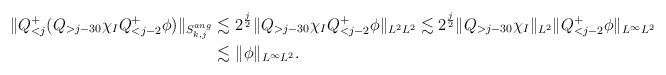
LaTeX: \begin{align*} \| Q^+_{<j} ( Q_{> j-30} \chi_{I} Q^+_{< j-2} \phi) \|_{S_{k, j}^{ang}} \lesssim & \ 2^{\frac{j}2} \| Q_{> j-30} \chi_{I} Q^+_{< j-2} \phi\|_{L^2 L^{2}} \lesssim 2^{\frac{j}2} \| Q_{> j-30} \chi_{I}\|_{L^2} \|Q^+_{< j-2} \phi\|_{L^\infty L^2} \\ \lesssim & \ \|\phi\|_{L^\infty L^2}. \end{align*}